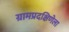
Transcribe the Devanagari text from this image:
ग्रामप्रदक्षिणेला